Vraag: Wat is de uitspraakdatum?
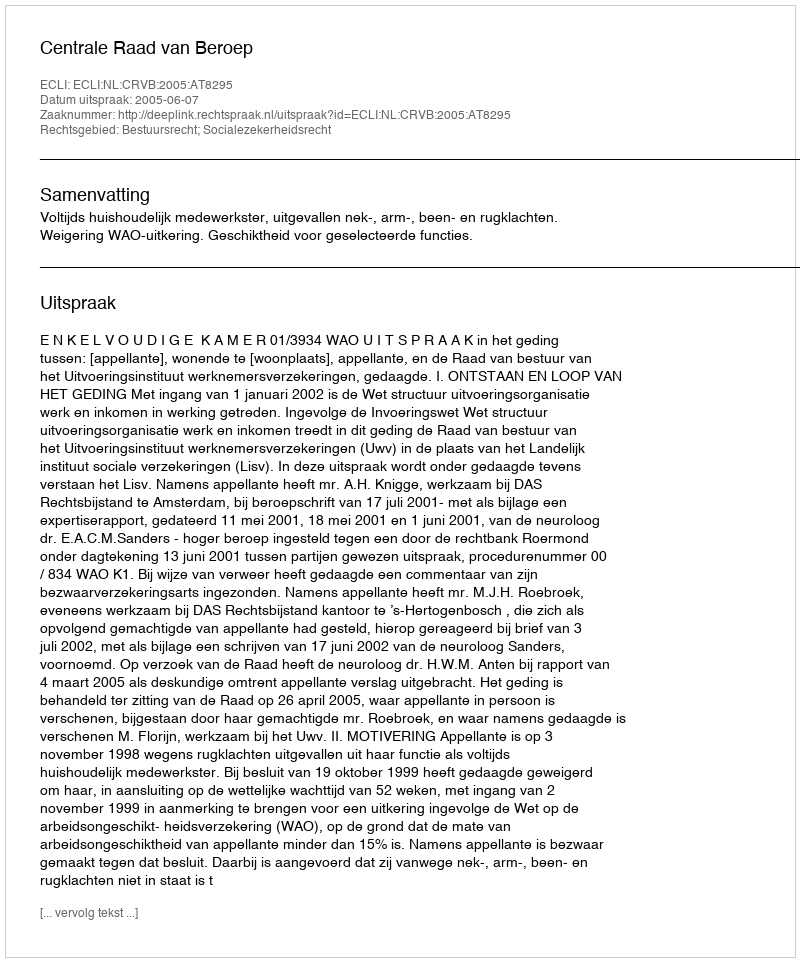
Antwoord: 2005-06-07